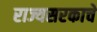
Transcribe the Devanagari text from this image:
राज्यसरकाचे